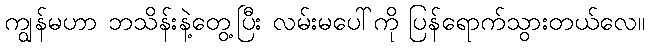
ကျွန်မဟာ ဘသိန်းနဲ့တွေ့ပြီး လမ်းမပေါ်ကို ပြန်ရောက်သွားတယ်လေ။